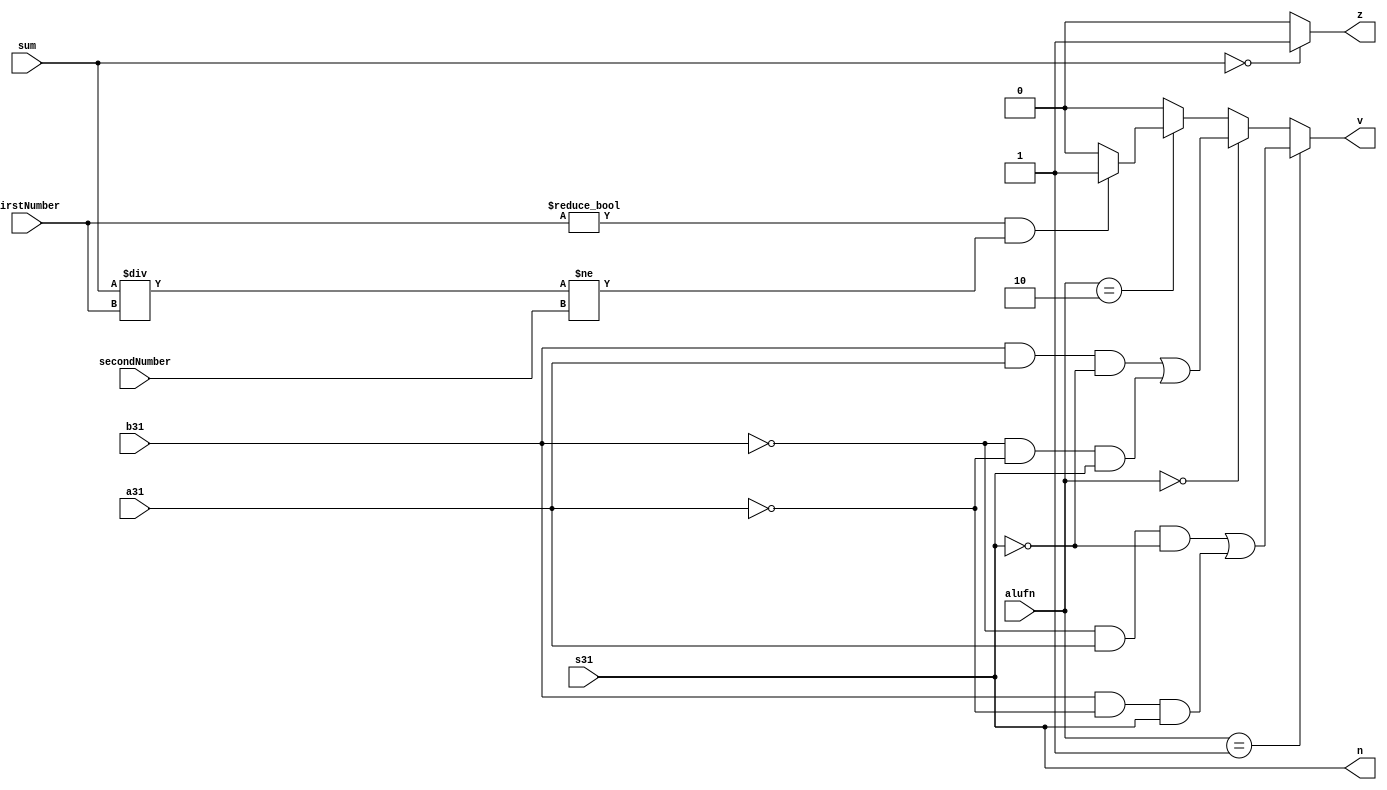
/*
   This file was generated automatically by Alchitry Labs version 1.1.6.
   Do not edit this file directly. Instead edit the original Lucid source.
   This is a temporary file and any changes made to it will be destroyed.
*/

module nv_11 (
    input [15:0] firstNumber,
    input [15:0] secondNumber,
    input [15:0] sum,
    input a31,
    input b31,
    input s31,
    input [1:0] alufn,
    output reg v,
    output reg n,
    output reg z
  );
  
  
  
  always @* begin
    n = s31;
    if (alufn == 2'h1) begin
      v = ((~b31) & a31 & (~s31)) | (b31 & (~a31) & s31);
    end else begin
      if (alufn == 2'h0) begin
        v = (b31 & a31 & (~s31)) | ((~b31) & (~a31) & s31);
      end else begin
        if (alufn == 2'h2) begin
          if (firstNumber != 1'h0 && sum / firstNumber != secondNumber) begin
            v = 1'h1;
          end else begin
            v = 1'h0;
          end
        end else begin
          v = 1'h0;
        end
      end
    end
    if (sum == 16'h0000) begin
      z = 1'h1;
    end else begin
      z = 1'h0;
    end
  end
endmodule